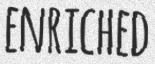
ENRICHED